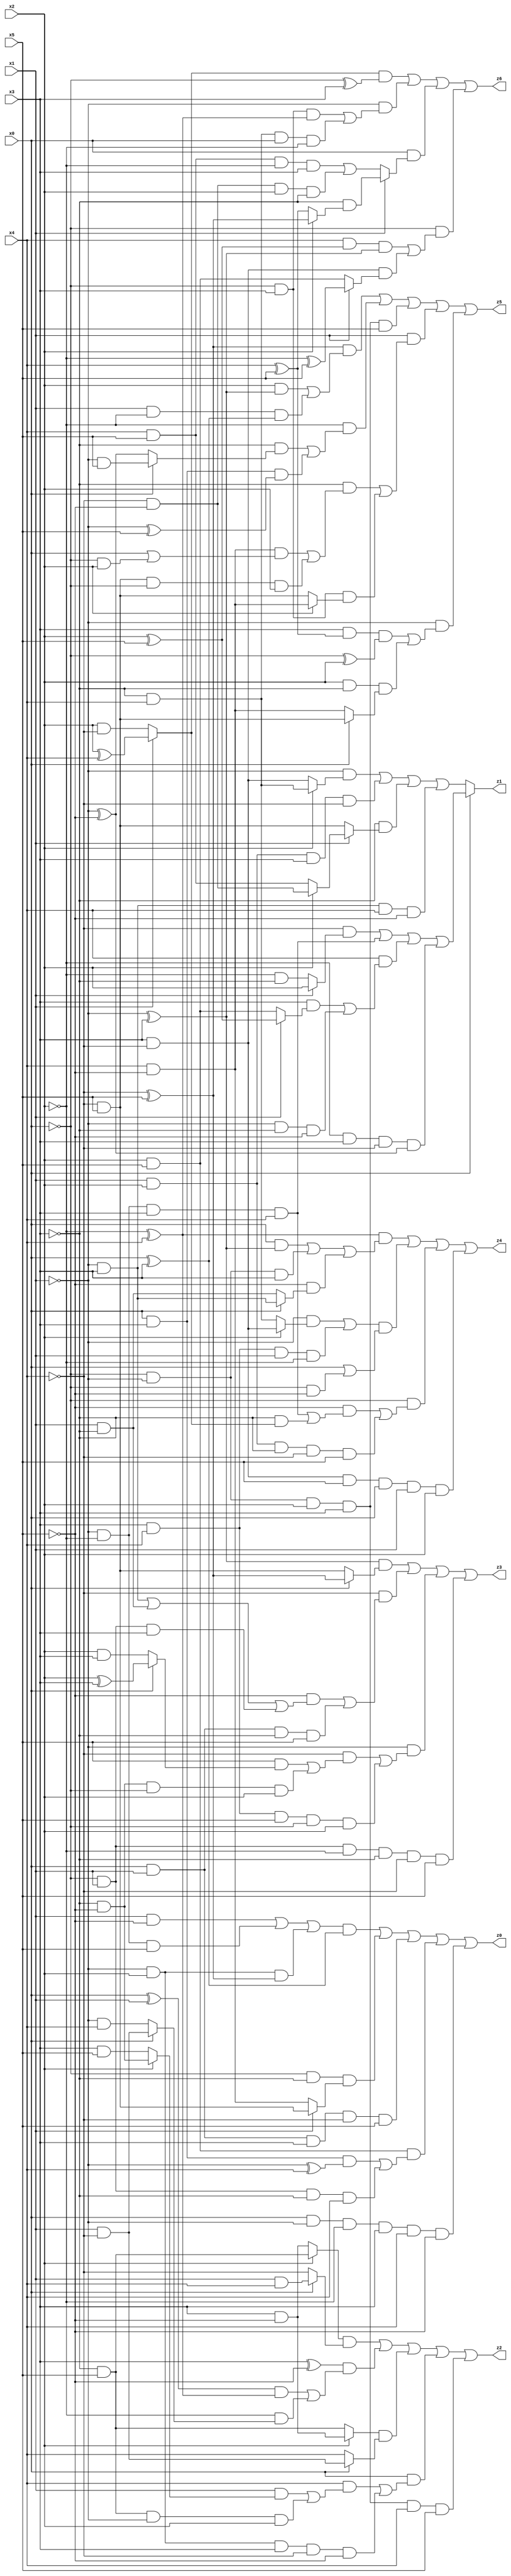
// Benchmark "X_20" written by ABC on Thu Jun 29 21:17:20 2023

module X_20 ( 
    x0, x1, x2, x3, x4, x5,
    z0, z1, z2, z3, z4, z5, z6  );
  input  x0, x1, x2, x3, x4, x5;
  output z0, z1, z2, z3, z4, z5, z6;
  assign z0 = (((x1 & ~x5) | (~x1 & ~x2 & x5) | (~x1 & x2 & (~x4 ^ x5))) & (x0 ^ x3)) | (~x0 & ~x3 & (x1 ? (~x4 & x5) : (x4 & ~x5))) | (x0 & x1 & x3 & ~x4 & x5) | (x2 & x5 & ((x0 & x3 & (~x1 ^ x4)) | (~x0 & x1 & ~x3 & x4))) | (x0 & ~x1 & ~x2 & x3 & x4 & ~x5);
  assign z1 = x0 ? ((~x4 & (x1 ? x2 : (~x2 & ~x3))) | (~x1 & ~x2 & x3 & x4) | (x4 & ((x3 & (x1 ? (x2 ^ x5) : (x2 & x5))) | (~x1 & ~x3 & ~x5))) | (~x2 & x3 & ~x4 & (~x1 ^ ~x5))) : ((~x1 & (x2 ? (~x3 & x4) : (x3 & ~x4))) | (x1 & x2 & x3 & ~x4) | (~x3 & (x1 ? (x2 ? (~x4 & ~x5) : (x4 & x5)) : (~x4 & x5))) | (~x1 & x3 & x4 & ~x5));
  assign z2 = ((x2 ? (~x3 & x5) : (x3 & ~x5)) & (x0 ? (x1 & x4) : ~x4)) | ((x3 ^ ~x5) & (((x0 ^ x1) & (~x2 ^ x4)) | (~x2 & (x0 ? (x1 & ~x4) : (~x1 & x4))))) | ((x2 ? (x3 & ~x5) : (~x3 & x5)) & (x0 ? (x1 & ~x4) : x4)) | (x0 & ((x4 & ((x1 & (x2 ? (~x3 & ~x5) : (x3 & x5))) | (~x3 & x5 & ~x1 & x2))) | (~x1 & x2 & x3 & ~x4 & ~x5))) | (~x0 & ~x1 & x2 & x3 & x4 & x5);
  assign z3 = ((~x1 ^ x3) & (x0 ? (~x4 ^ x5) : (~x4 & x5))) | (~x4 & ((~x5 & ((~x1 & x3) | (x1 & ~x3) | (~x0 & x1 & x3))) | (x0 & x1 & ~x3 & x5))) | (~x1 & ((~x4 & ((x5 & (x0 ? (x2 ^ x3) : (x2 & x3))) | (~x3 & ~x5 & ~x0 & x2))) | (x3 & x4 & x5 & ~x0 & x2))) | (~x0 & x1 & ~x2 & ~x3 & ~x4 & x5);
  assign z4 = ((~x2 ^ x4) & ((x0 & (~x1 ^ x3)) | (~x0 & ~x1 & x3) | (~x5 & (x0 ? (~x1 & x3) : (x1 & ~x3))))) | (((~x1 & (x2 ? (x3 & ~x4) : (~x3 & x4))) | (x3 & x4 & x1 & ~x2)) & (x0 | (~x0 & ~x5))) | (~x0 & ((~x5 & ((~x1 & ~x2 & x3 & x4) | (~x3 & (x1 ? (x2 ^ x4) : (x2 & ~x4))))) | (x1 & x2 & ~x3 & ~x4 & x5))) | (x3 & ~x4 & x5 & x0 & x1 & x2);
  assign z5 = ((~x4 ^ x5) & ((x2 & (~x1 ^ x3)) | (x1 & ~x2 & (x0 ^ x3)))) | (~x2 & ((~x3 & (x0 ? (~x1 & x5) : (~x1 ^ ~x5))) | (x0 & x3 & (~x1 ^ x5)))) | (~x0 & ~x1 & x2 & x3 & x5) | (x1 & ((~x3 & ((x4 & ~x5 & (x0 | (~x0 & x2))) | (~x4 & x5 & ~x0 & x2))) | (~x0 & x3 & (x2 ? (x4 & ~x5) : (~x4 & x5))))) | (~x1 & ((x3 & (x4 ^ x5) & (~x0 ^ x2)) | (x2 & ~x3 & (x0 ? (~x4 & x5) : (x4 & ~x5)))));
  assign z6 = ((x1 ? (x2 ^ x4) : (x2 & ~x4)) & (~x0 ^ x3)) | (~x1 & ((~x0 & x3 & (~x2 ^ x4)) | (~x3 & x4 & x0 & ~x2))) | (x0 & (x1 ? (~x3 & (x2 ? (~x4 ^ x5) : (x4 ^ x5))) : ((x4 & x5 & ~x2 & x3) | (~x4 & ~x5 & x2 & ~x3)))) | (~x0 & ((x4 & (x2 ^ x5) & (~x1 ^ x3)) | (x3 & ~x4 & (x1 ? (~x2 ^ x5) : (x2 & x5)))));
endmodule